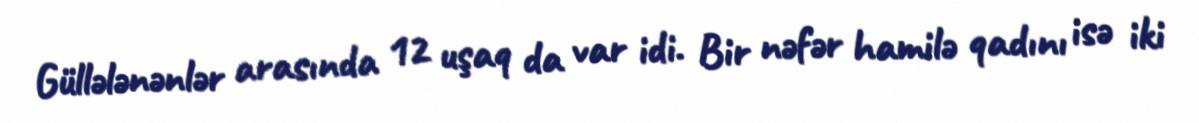
Güllələnənlər arasında 12 uşaq da var idi. Bir nəfər hamilə qadını isə iki